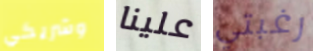
وشريكي علينا رغبتي